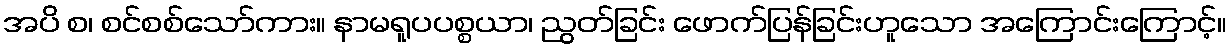
အပိ စ၊ စင်စစ်သော်ကား။ နာမရူပပစ္စယာ၊ ညွတ်ခြင်း ဖောက်ပြန်ခြင်းဟူသော အကြောင်းကြောင့်။